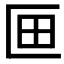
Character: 𭅗